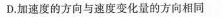
D.加速度的方向与速度变化量的方向相同